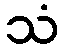
သံ